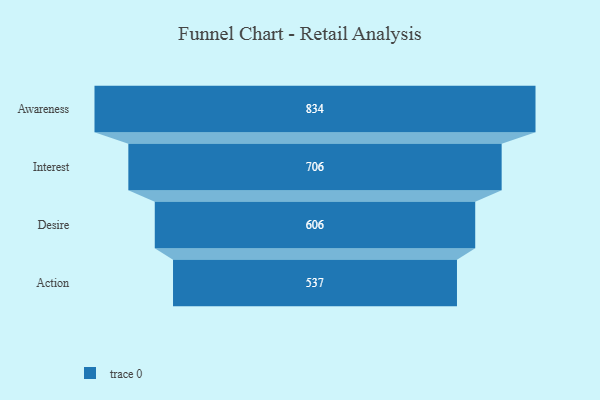
{"axis": {"x": "Stage", "y": "Value"}, "legend": [""], "data": [{"x": "Awareness", "y": 834.0, "type": ""}, {"x": "Interest", "y": 706.0, "type": ""}, {"x": "Desire", "y": 606.0, "type": ""}, {"x": "Action", "y": 537.0, "type": ""}]}